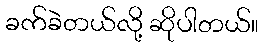
ခက်ခဲတယ်လို့ ဆိုပါတယ်။